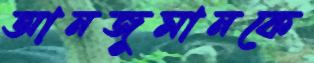
আনজুমানকে